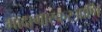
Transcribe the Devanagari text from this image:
मादागास्करआणि